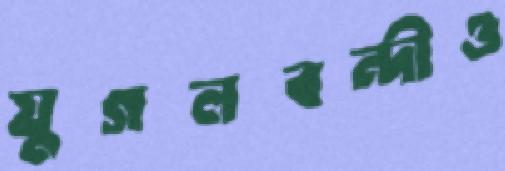
যুগলবন্দীও